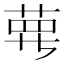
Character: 𦲿